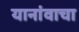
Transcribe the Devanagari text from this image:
यानांवाचा